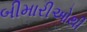
બીમારીઓથી